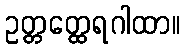
ဥတ္တတ္ထေရဂါထာ။